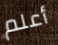
أعلم